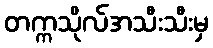
တက္ကသိုလ်အသီးသီးမှ